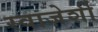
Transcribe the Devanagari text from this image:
स्वाज़ेर्शी